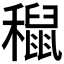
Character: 𥣅